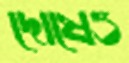
দোষেও